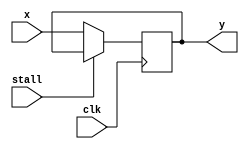
module flop_3bit(stall, x, y,clk);
input stall,clk;
input [2:0] x;
output reg [2:0]y;

always @(posedge clk)begin
if(stall)
y<=y;
else
y<=x;

end
endmodule